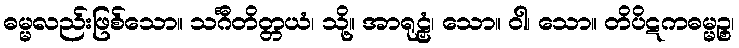
ဓမ္မလည်းဖြစ်သော။ သင်္ဂီတိတ္တယံ၊ သို့။ အာရုဠှံ၊ သော။ ဝါ၊ သော။ တိပိဋကဓမ္မဉ္စ၊